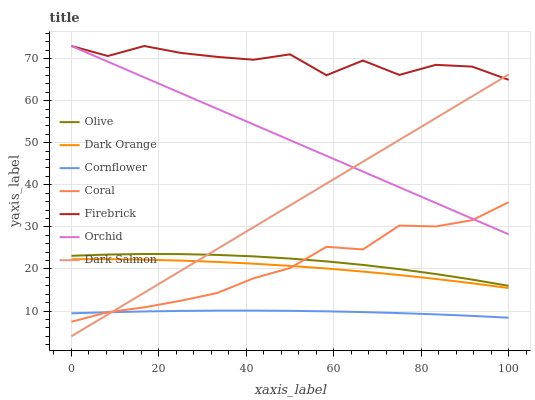
| xaxis_label | Olive | Dark Orange | Cornflower | Coral | Firebrick | Orchid | Dark Salmon |
 | --- | --- | --- | --- | --- | --- | --- | --- |
 | 0 | 23.1 | 22.3 | 9.45 | 7.44 | 73 | 73 | 4 |
 | 8.33 | 23.4 | 22.3 | 9.71 | 9.72 | 70.6 | 69.3 | 9.19 |
 | 16.7 | 23.6 | 22.2 | 9.9 | 10.9 | 73 | 65.5 | 14.4 |
 | 25 | 23.5 | 22 | 10 | 12.4 | 71.4 | 61.8 | 19.6 |
 | 33.3 | 23.3 | 21.7 | 10.1 | 14.3 | 70.4 | 58.1 | 24.7 |
 | 41.7 | 23 | 21.3 | 10.1 | 17.8 | 69.7 | 54.3 | 29.9 |
 | 50 | 22.5 | 20.7 | 10 | 20.2 | 71 | 50.6 | 35.1 |
 | 58.3 | 21.8 | 20.1 | 9.93 | 25.3 | 66.1 | 46.9 | 40.3 |
 | 66.7 | 21 | 19.4 | 9.75 | 24.6 | 69.5 | 43.2 | 45.5 |
 | 75 | 20 | 18.6 | 9.51 | 30.3 | 66.1 | 39.4 | 50.7 |
 | 83.3 | 18.8 | 17.6 | 9.2 | 30.1 | 68.5 | 35.7 | 55.9 |
 | 91.7 | 17.5 | 16.6 | 8.84 | 31.6 | 68.1 | 32 | 61 |
 | 100 | 16 | 15.5 | 8.41 | 35.9 | 65 | 28.2 | 66.2 |